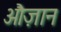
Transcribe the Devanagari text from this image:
औज़ान